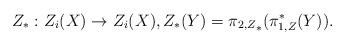
LaTeX: \begin{align*} Z_*: Z_i(X)\to Z_i(X), Z_*(Y)= {\pi_{2,Z}}_*( \pi_{1,Z}^*(Y)).\end{align*}